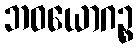
ဘဝယောဂဉ္စ